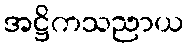
အဋ္ဌိကသညာယ